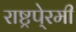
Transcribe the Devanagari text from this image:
राष्ट्रपे्रमी